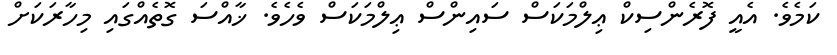
ކަމެވެ. އެއީ ފޮރެންސިކް ޢިލްމަކަސް ސައިންސް ޢިލްމަކަސް ވެހެވެ. ޚާއްސަ ގޮތެއްގައި މިހާރަކަށް